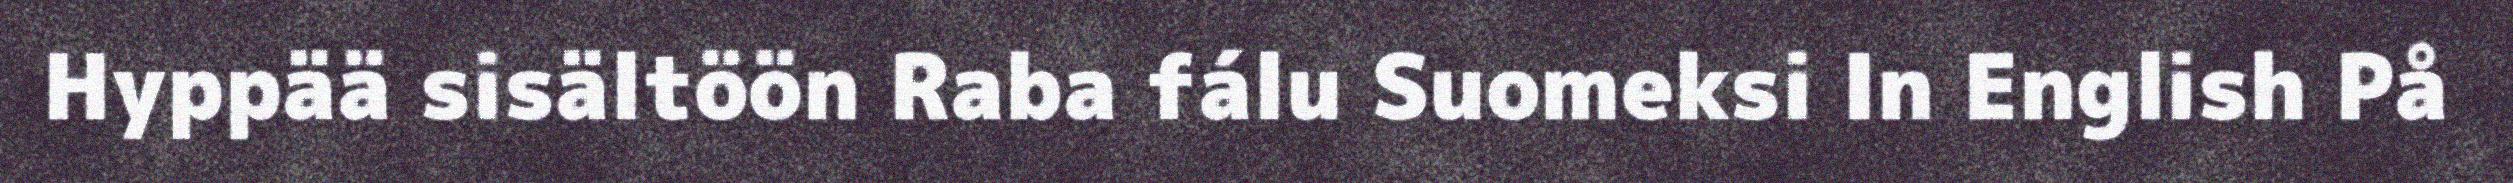
Hyppää sisältöön Raba fálu Suomeksi In English På